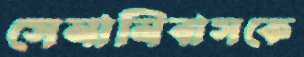
সেনানিবাসকে